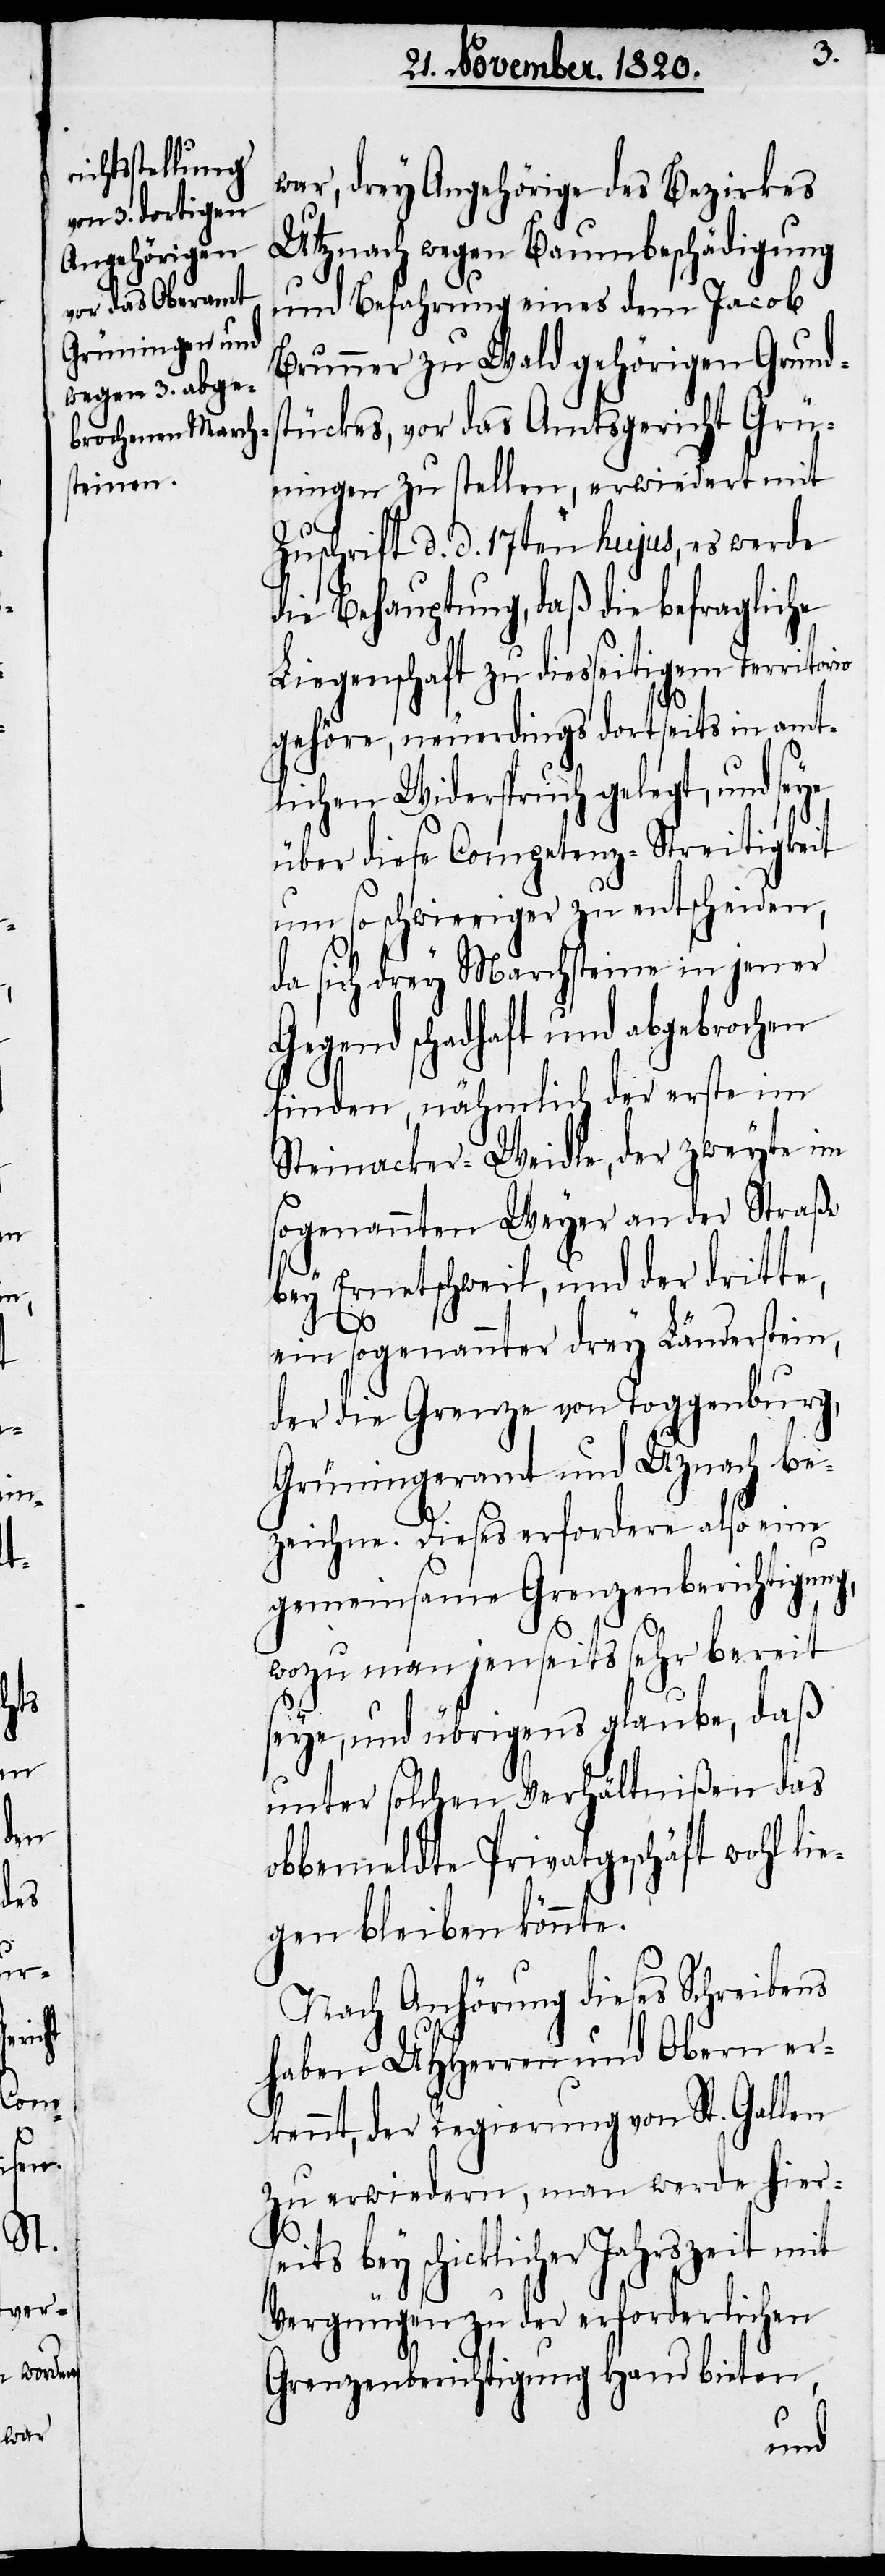
war, drey Angehörige des Bezirkes
Utznach wegen Baumbeschädigung
und Befahrung eines dem Jacob
Brunner zu Wald gehörigen Grund¬
stückes, vor das Amtsgericht Grü¬
ningen zu stellen, erwiedert mit
Zuschrift d. d. 17ten hujus, es werde
die Behauptung, daß die befragliche
Liegenschaft zu diesseitigem Territorio
gehöre, neuerdings dortseits in amt¬
lichen Widerspruch gelegt, und seye
über diese Competenz-Streitigkeit
um so schwieriger zu entscheiden,
da sich drey Marchsteine in jener
Gegend schadhaft und abgebrochen
finden, nähmlich der erste im
Steinacker-Weidle, der zweyte im
sogenannten Weyer an der Straße
bey Ernetschweil, und der dritte,
ein sogenannter drey Länderstein,
der die Grenze von Toggenburg,
Grüningeramt und Uznach be¬
zeichne. Dieses erfordere also eine
gemeinsame Grenzenberichtigung,
seits
wozu man jenseits sehr bereit
seye, und übrigens glaube, daß
unter solchen Verhältnißen das
obbemeldte Privatgeschäft wohl li¬
egen bleiben könnte.
Nach Anhörung dieses Schreibens
haben UHherren und Obern er¬
kennt, der Regierung von St. Gallen
zu erwiedern, man werde hier¬
bey schicklicher Jahrszeit mit
Vergnügen zu der erforderlichen
Grenzenberichtigung Hand bieten,